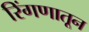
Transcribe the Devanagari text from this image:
रिंगणातून